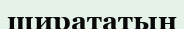
ширататын